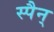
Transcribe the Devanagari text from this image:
स्पैन्